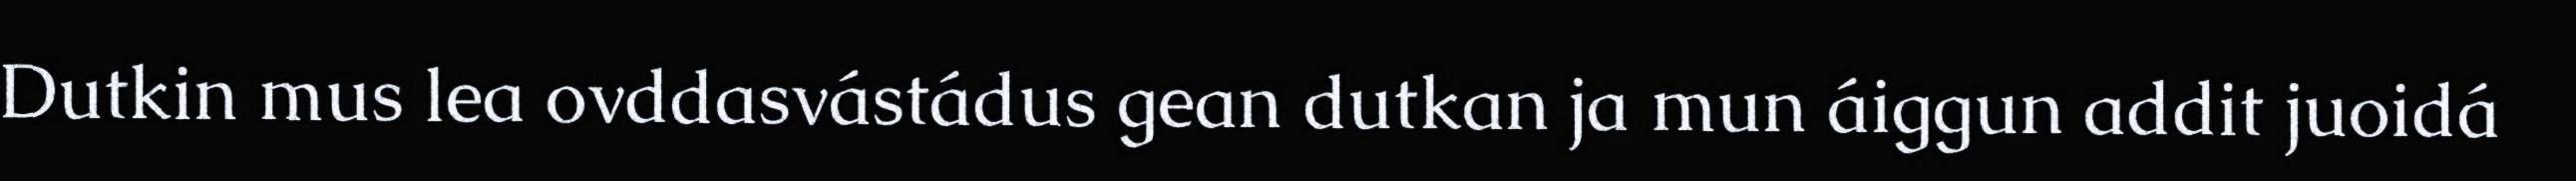
Dutkin mus lea ovddasvástádus gean dutkan ja mun áiggun addit juoidá